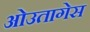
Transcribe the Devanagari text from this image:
ओउतागेस